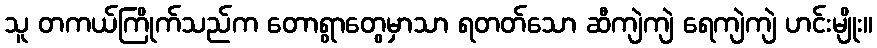
သူ တကယ်ကြိုက်သည်က တောရွာတွေမှာသာ ရတတ်သော ဆီကျဲကျဲ ရေကျဲကျဲ ဟင်းမျိုး။